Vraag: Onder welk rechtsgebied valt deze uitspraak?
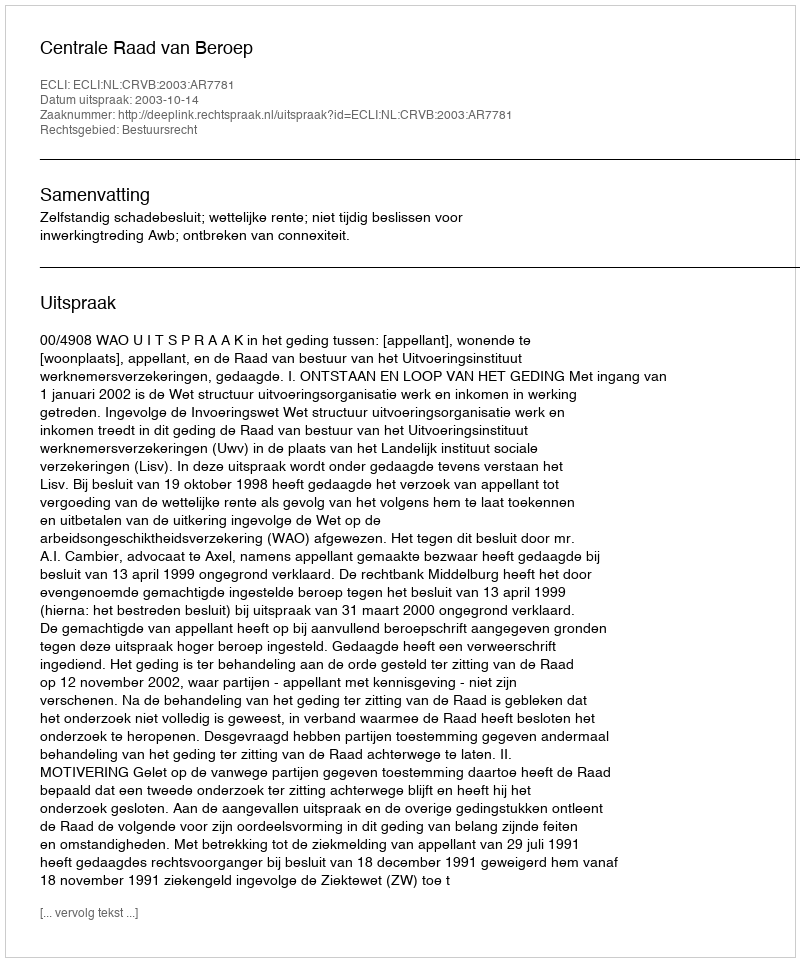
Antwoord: Bestuursrecht